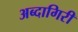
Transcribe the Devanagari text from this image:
अब्दागिरी